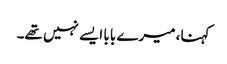
کہنا، میرے بابا ایسے نہیں تھے۔